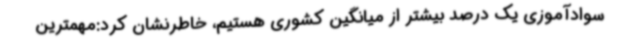
سوادآموزی یک درصد بیشتر از میانگین کشوری هستیم، خاطرنشان کرد:مهمترین